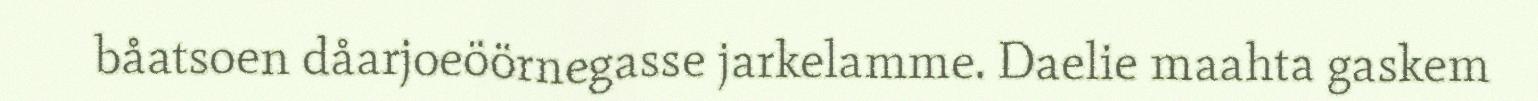
båatsoen dåarjoeöörnegasse jarkelamme. Daelie maahta gaskem